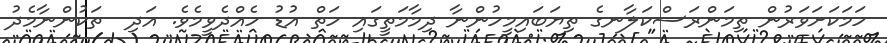
ހަމަކަށަވަރުން ތިމަންރަސްކަލާނގެ ތިޔަބައިމީހުންނާ ދިމާމަތީގައި ހަތް އުޑު ހެއްދެވީމެވެ. އަދި  ތަކުންނާމެދު